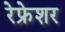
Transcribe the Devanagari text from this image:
रेफ्रेशर